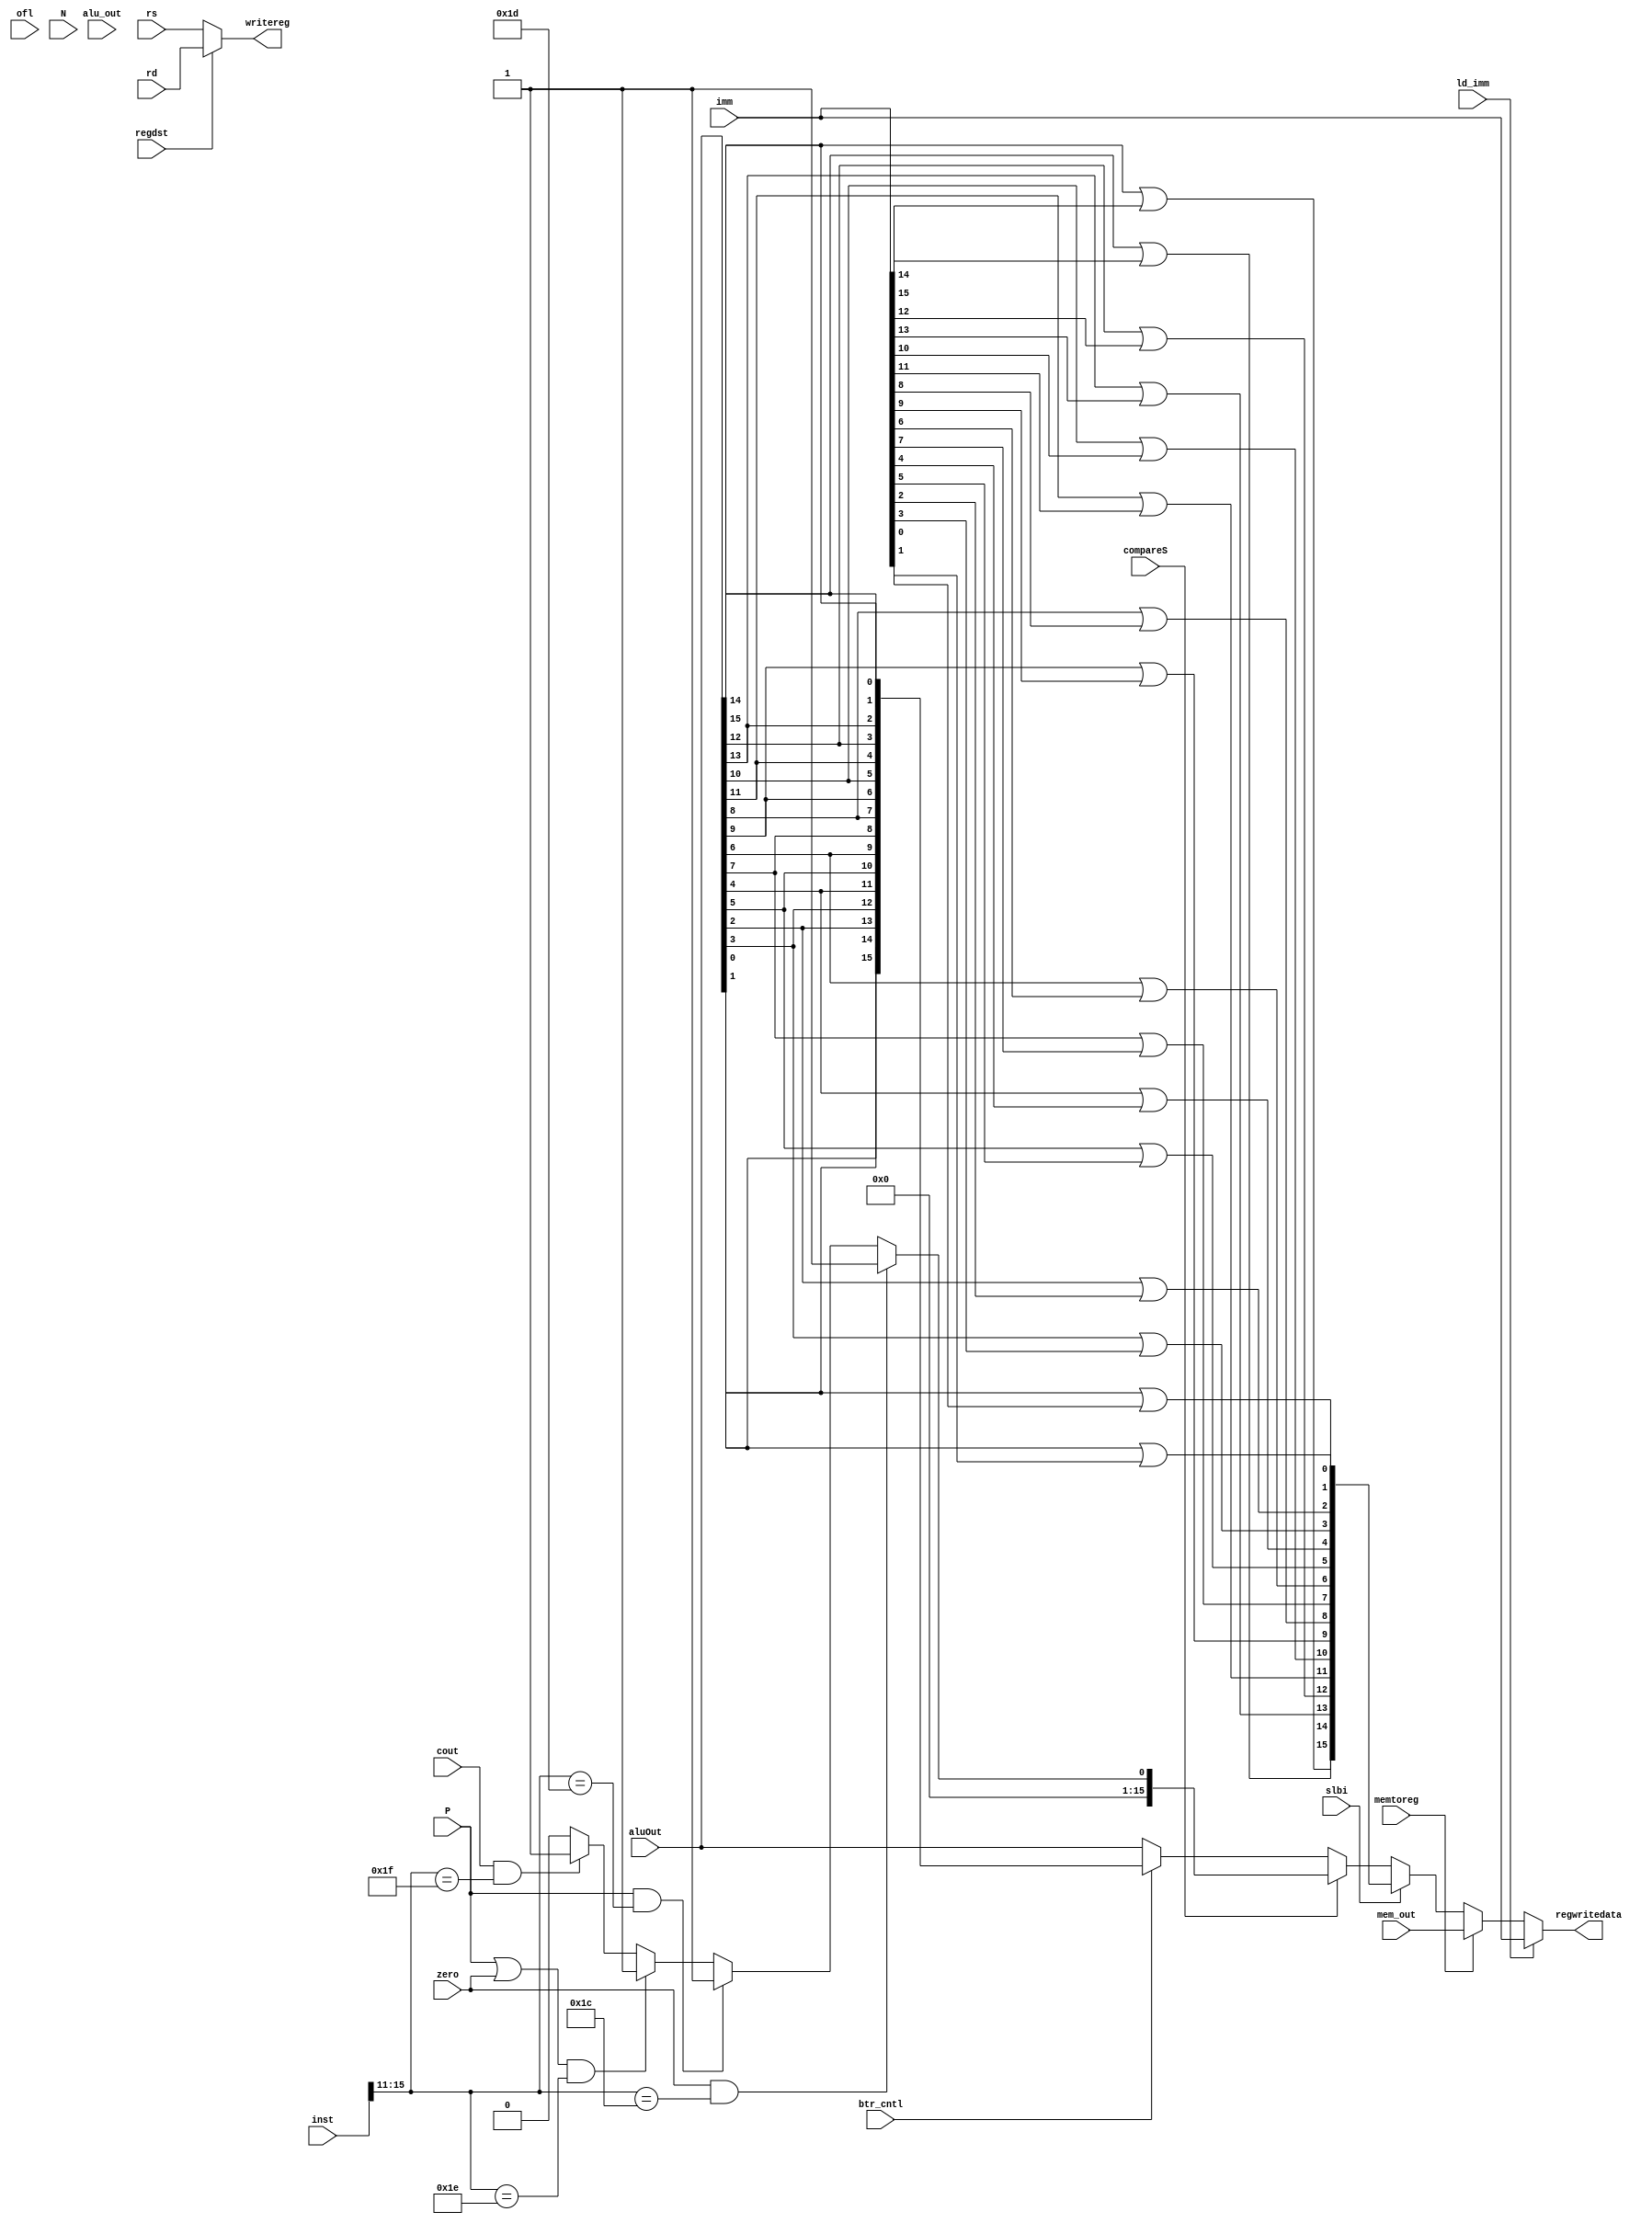
module mf_data(rd,rs,regdst,memtoreg,slbi,compareS,btr_cntl,aluOut,mem_out,alu_out,imm,writereg,ofl,zero,N,P,cout,inst,ld_imm,regwritedata);


input [2:0] rd,rs;
input ofl,zero,N,P,ld_imm, cout;
input regdst,memtoreg,slbi,compareS,btr_cntl;
input [15:0] mem_out,alu_out,imm,inst,aluOut;
output [2:0]writereg;
output [15:0]regwritedata;


wire [15:0] regwrback, sResults, slbi_aluOut, btr_out;


assign writereg = (regdst)? rd:rs;
assign regwrback = (memtoreg)?mem_out:
                     (slbi)?slbi_aluOut:
                     (compareS)? sResults:
                     btr_cntl? btr_out:
                      aluOut;
assign sResults =  (zero&(inst[15:11]==5'b11100))? 16'h0001:
                   (P&(inst[15:11]==5'b11101))? 16'h0001:
                   ((P|zero)&(inst[15:11]==5'b11110))? 16'h0001:
                   (cout&(inst[15:11]==5'b11111))? 16'h0001:
                   16'h0000;

assign slbi_aluOut = {(aluOut[15]|imm[15]), (aluOut[14]|imm[14]),
                        (aluOut[13]|imm[13]), (aluOut[12]|imm[12]),
                        (aluOut[11]|imm[11]), (aluOut[10]|imm[10]),
                        (aluOut[9]|imm[9]), (aluOut[8]|imm[8]),
                        (aluOut[7]|imm[7]), (aluOut[6]|imm[6]),
                        (aluOut[5]|imm[5]), (aluOut[4]|imm[4]),
                        (aluOut[3]|imm[3]), (aluOut[2]|imm[2]),
                        (aluOut[1]|imm[1]), (aluOut[0]|imm[0])};

assign btr_out = {aluOut[0],aluOut[1],aluOut[2],aluOut[3],
                     aluOut[4],aluOut[5],aluOut[6],aluOut[7],
                    aluOut[8],aluOut[9],aluOut[10],aluOut[11],
                    aluOut[12],aluOut[13],aluOut[14],aluOut[15]};

assign regwritedata = (ld_imm)? imm:regwrback;

endmodule